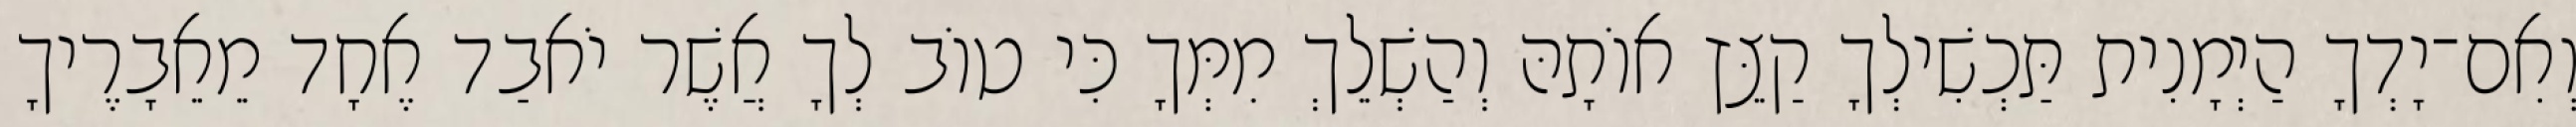
וְאִם־יָדְךָ הַיְמָנִית תַּכְשִׁילְךָ קַצֵּץ אוֹתָהּ וְהַשְׁלֵךְ מִמְּךָ כִּי טוֹב לְךָ אֲשֶׁר יֹאבַד אֶחָד מֵאֵבָרֶיךָ